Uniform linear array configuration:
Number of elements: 48
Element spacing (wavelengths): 0.25
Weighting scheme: kaiser
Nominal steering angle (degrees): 15
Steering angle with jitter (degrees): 16.822
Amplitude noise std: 0.05
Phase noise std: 0.05

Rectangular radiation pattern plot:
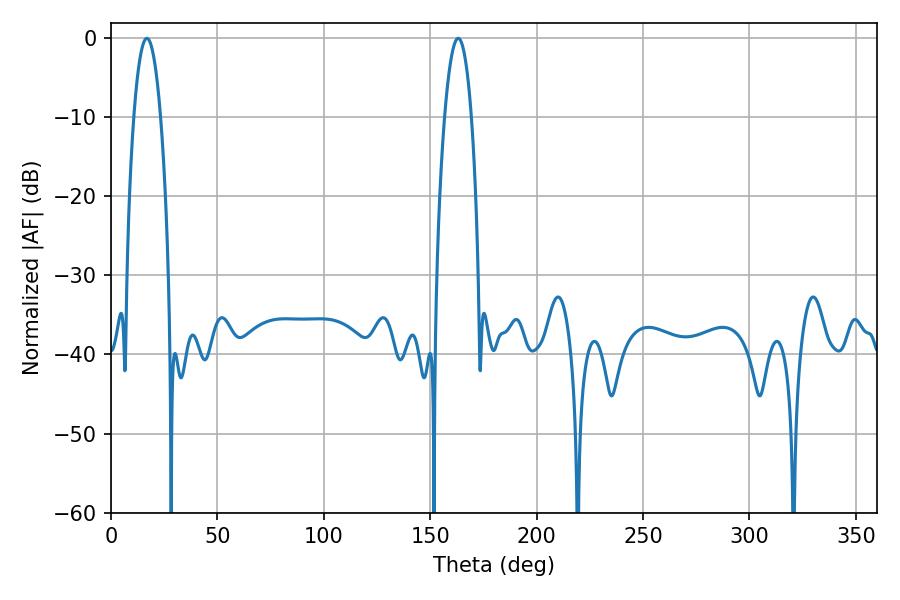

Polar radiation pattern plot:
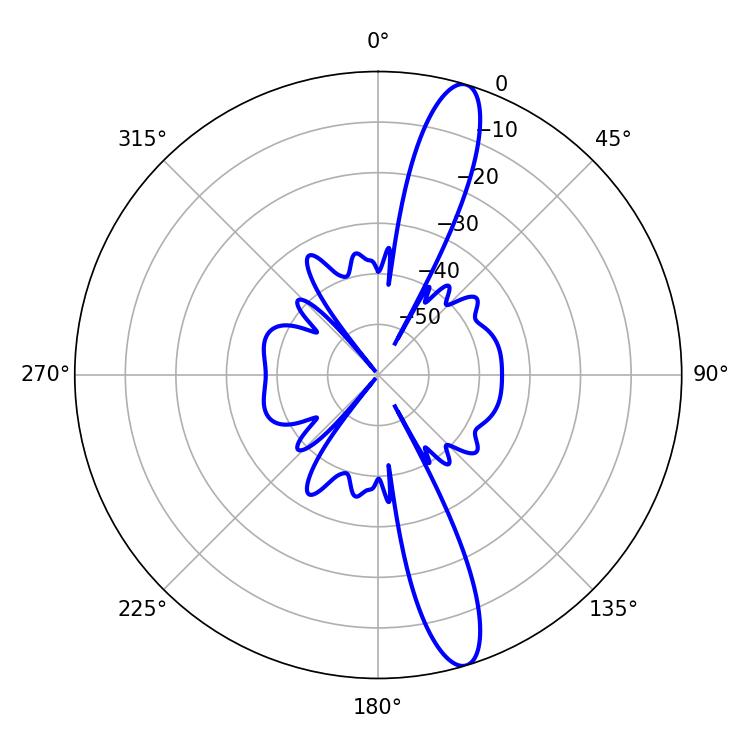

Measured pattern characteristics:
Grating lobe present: FALSE
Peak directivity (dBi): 14.201
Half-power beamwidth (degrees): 6.84
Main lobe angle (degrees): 16.92